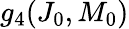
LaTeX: g_{4}(J_{0},M_{0})